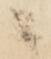
ニ